system: You are a helpful assistant.
user:
Analyze the provided spectrum to determine if it is a **"Cataclysmic Variables (CV)"**.

- **Key Indicators for CV (Check for either state):**
    - **State 1: Quiescent / Low-State (Emission-Dominated)**
        - **(Primary):** Strong and *very broad* Hydrogen Balmer emission lines (e.g., $H\alpha$ at 6563 Å, $H\beta$ at 4861 Å). The 'broadness' (high velocity dispersion, often FWHM > 1000 km/s) is the key diagnostic, indicating a high-velocity accretion disk.
        - **(Secondary):** Broad neutral Helium (He I) emission lines (e.g., 5876 Å, 6678 Å).
        - **(Key Confirmation):** Presence of high-excitation *ionized* Helium (He II) emission at 4686 Å. This is a strong indicator of accretion onto a white dwarf.
        - **(Line Profile):** Emission lines may exhibit a 'double-peaked' profile, which is a classic signature of a rotating accretion disk viewed at high inclination.

    - **State 2: Outburst / High-State (Absorption-Dominated)**
        - **(Primary):** Spectrum is dominated by a bright, blue continuum (looks like a hot star).
        - **(Secondary):** The emission lines from State 1 are weak, absent, or 'filled in', and are replaced by broad, shallow *absorption* lines (primarily Balmer and He I).
        - **(Morphology):** The overall spectrum mimics a hot B/A-type star. The crucial difference is that the absorption lines are significantly broader, shallower, and more 'washed-out' (or 'smeared') than the sharp lines of a normal stellar photosphere, due to high rotational speeds and pressure broadening in the disk.

Think first, call **spectral_visualization_tool** if needed to examine features in detail, then provide your final answer. Your response must adhere to the following strict rules:
1.  **Overall Structure:** Your response must follow the format `<think>...</think> <tool_call>...</tool_call> (if a tool is used) <answer>...</answer>`.
2.  **Tool Usage Constraint:** You may only make **one** tool call per turn.
3.  **Final Answer Format:** In the `<answer>` tag, your conclusion must be inside a `\boxed{}` command (e.g., `\boxed{YES}`), followed by your justification.

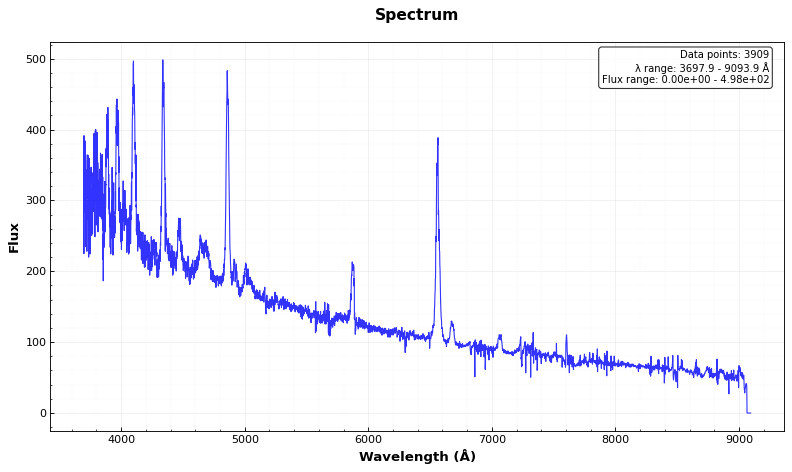
Answer: YES